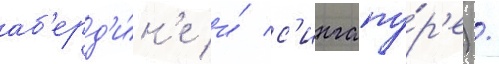
аб'ерд'и́н'е и́ с'ингапу́р'е) /